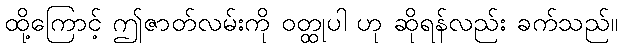
ထို့ကြောင့် ဤဇာတ်လမ်းကို ဝတ္ထုပါ ဟု ဆိုရန်လည်း ခက်သည်။